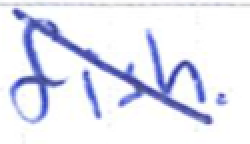
Text: fish.
Cross-out: diagonal
Writing tool: ballpoint